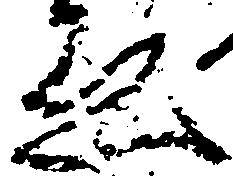
ゑ